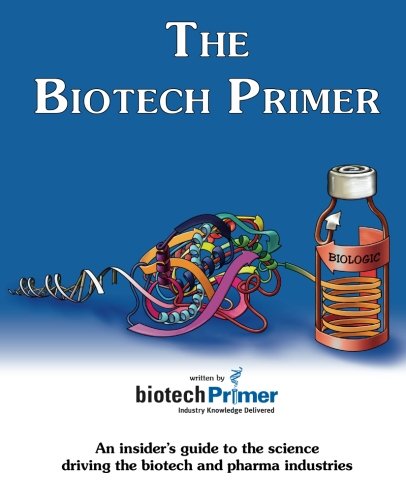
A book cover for The BioTech Primer; BioTech Primer Inc.; Medical Books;